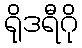
ရိုဒရီဂို